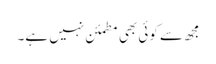
مجھ سے کوئی بھی مطمئن نہیں ہے۔